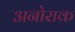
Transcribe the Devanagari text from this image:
अनोराक